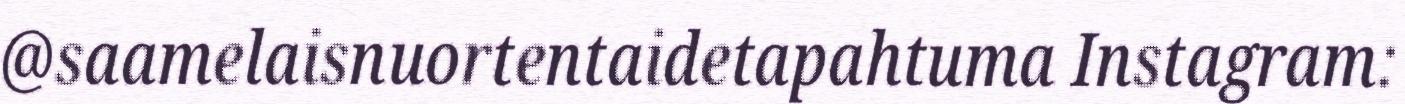
@saamelaisnuortentaidetapahtuma Instagram: